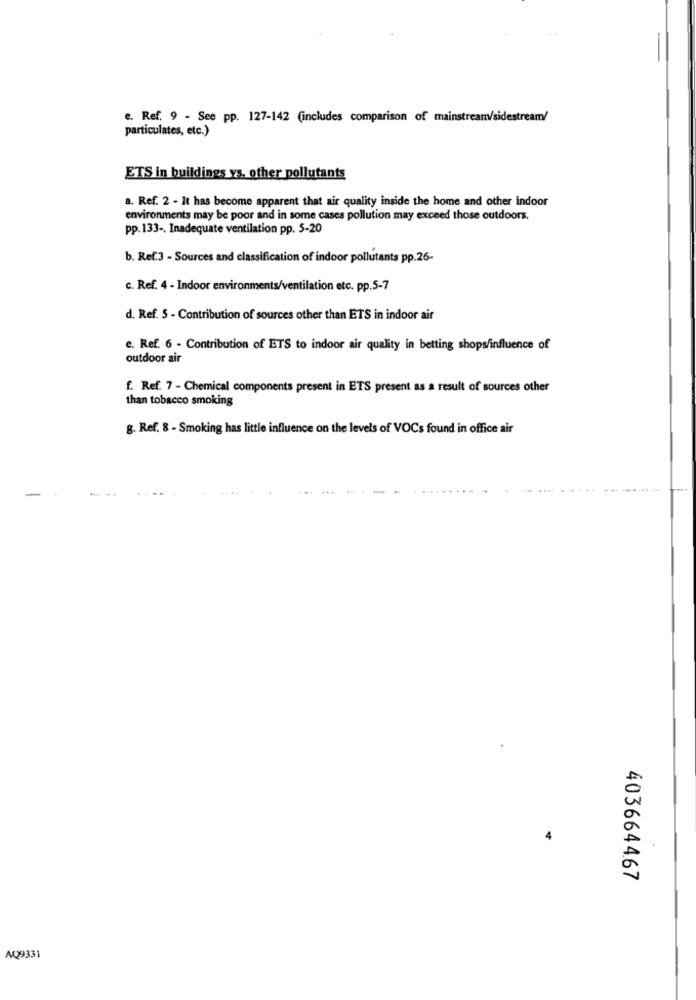
e. Ref. 9 - See pp. 127-142 (includes comparison of mainstream/sidestream/
particulates, etc.)
ETS in buildings ys, other pollutants
a. Ref. 2 - It has become apparent that air quality inside the home and other indoor
environments may be poor and in some cases pollution may exceed those outdoors.
pp.133 -. Inadequate ventilation pp. 5-20
b. Ref.3 - Sources and classification of indoor pollutants pp.26-
c. Ref. 4 - Indoor environments/ventilation etc. pp.5-7
d. Ref. 5 - Contribution of sources other than ETS in indoor air
e. Ref. 6 - Contribution of ETS to indoor air quality in betting shops/influence of
outdoor air
f. Ref. 7 - Chemical components present in ETS present as a result of sources other
than tobacco smoking
g. Ref. 8 - Smoking has little influence on the levels of VOCs found in office air
-
4036644.67
AQ9331